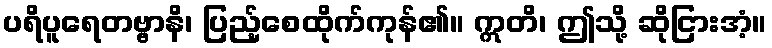
ပရိပူရေတဗ္ဗာနိ၊ ပြည့်စေထိုက်ကုန်၏။ ဣတိ၊ ဤသို့ ဆိုငြားအံ့။